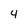
Character: 4